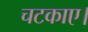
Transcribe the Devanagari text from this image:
चटकाए।